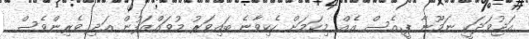
އަޖުވަދަކީ ނަމޫނާ ޕީ.އެސް އެއް. މިކަމަށް ހެކިވާނެ ބައިވަރު މުވައްޒަފުން އަދި ވެރިންވެސް